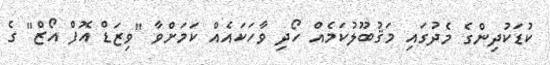
ކުޑަކުދިންގެ މެދުގައި މަޤުބޫލުކަމެއް ހޯދި ވާހަކައެއް ކަމަށްވާ "ވިޒަޑް އޮފް އޯޒް" ގެ